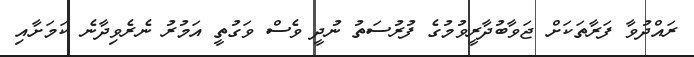
ރައްދުވާ ފަރާތަކަށް ޖަވާބުދާރީވުމުގެ ފުރުސަތު ނުދީ ވެސް ވަގުތީ އަމުރު ނެރެވިދާނެ ކަމަށާއި